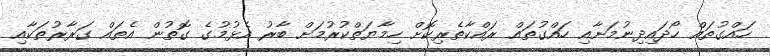
ހައްގުތައް ހޯދައިދިނުމަށާއި ހައްގުތައް ރައްކާތެރިކޮށް ހިމާޔަތްކުރުމަށް ބާރު އެޅުމުގެ ގޮތުން އެތައް ގަރާރުތަކާއި